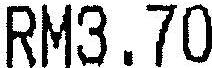
RM3.70